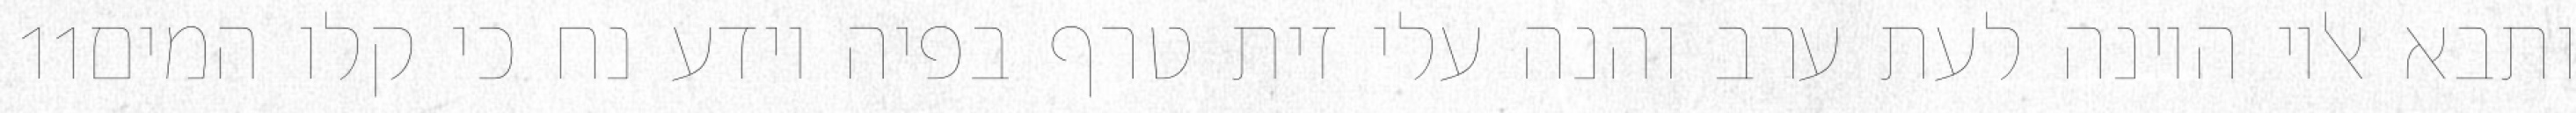
‎11‏ ותבא אליו היונה לעת ערב והנה עלי זית טרף בפיה וידע נח כי קלו המים